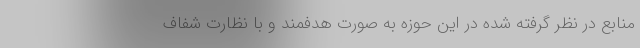
منابع در نظر گرفته شده در این حوزه به صورت هدفمند و با نظارت شفاف